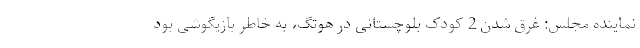
نماینده مجلس: غرق شدن 2 کودک بلوچستانی در هوتگ، به خاطر بازیگوشی بود